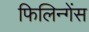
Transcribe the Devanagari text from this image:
फिलिन्गेंस